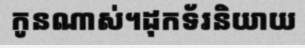
កូនណាស់។ដុកទ័រនិយាយ